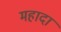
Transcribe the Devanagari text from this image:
महादा